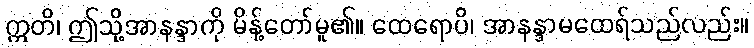
ဣတိ၊ ဤသို့အာနန္ဒာကို မိန့်တော်မူ၏။ ထေရောပိ၊ အာနန္ဒာမထေရ်သည်လည်း။